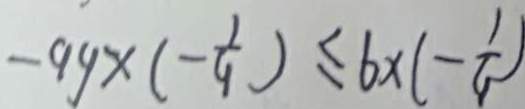
- 9 y \times ( - \frac { 1 } { 9 } ) \leq 6 \times ( - \frac { 1 } { 9 } )